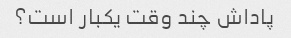
پاداش چند وقت یکبار است؟